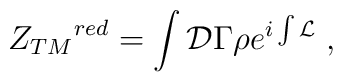
{Z_{TM}}^{red}=\int{\cal D}\Gamma\rho e^{i\int{\cal L}} \;,